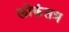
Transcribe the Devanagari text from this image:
लोकंतत्र